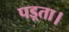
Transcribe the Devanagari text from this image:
पड़्ता।